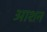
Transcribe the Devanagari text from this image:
आशन